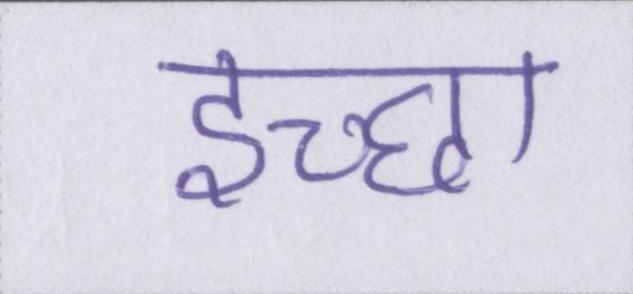
इच्छा